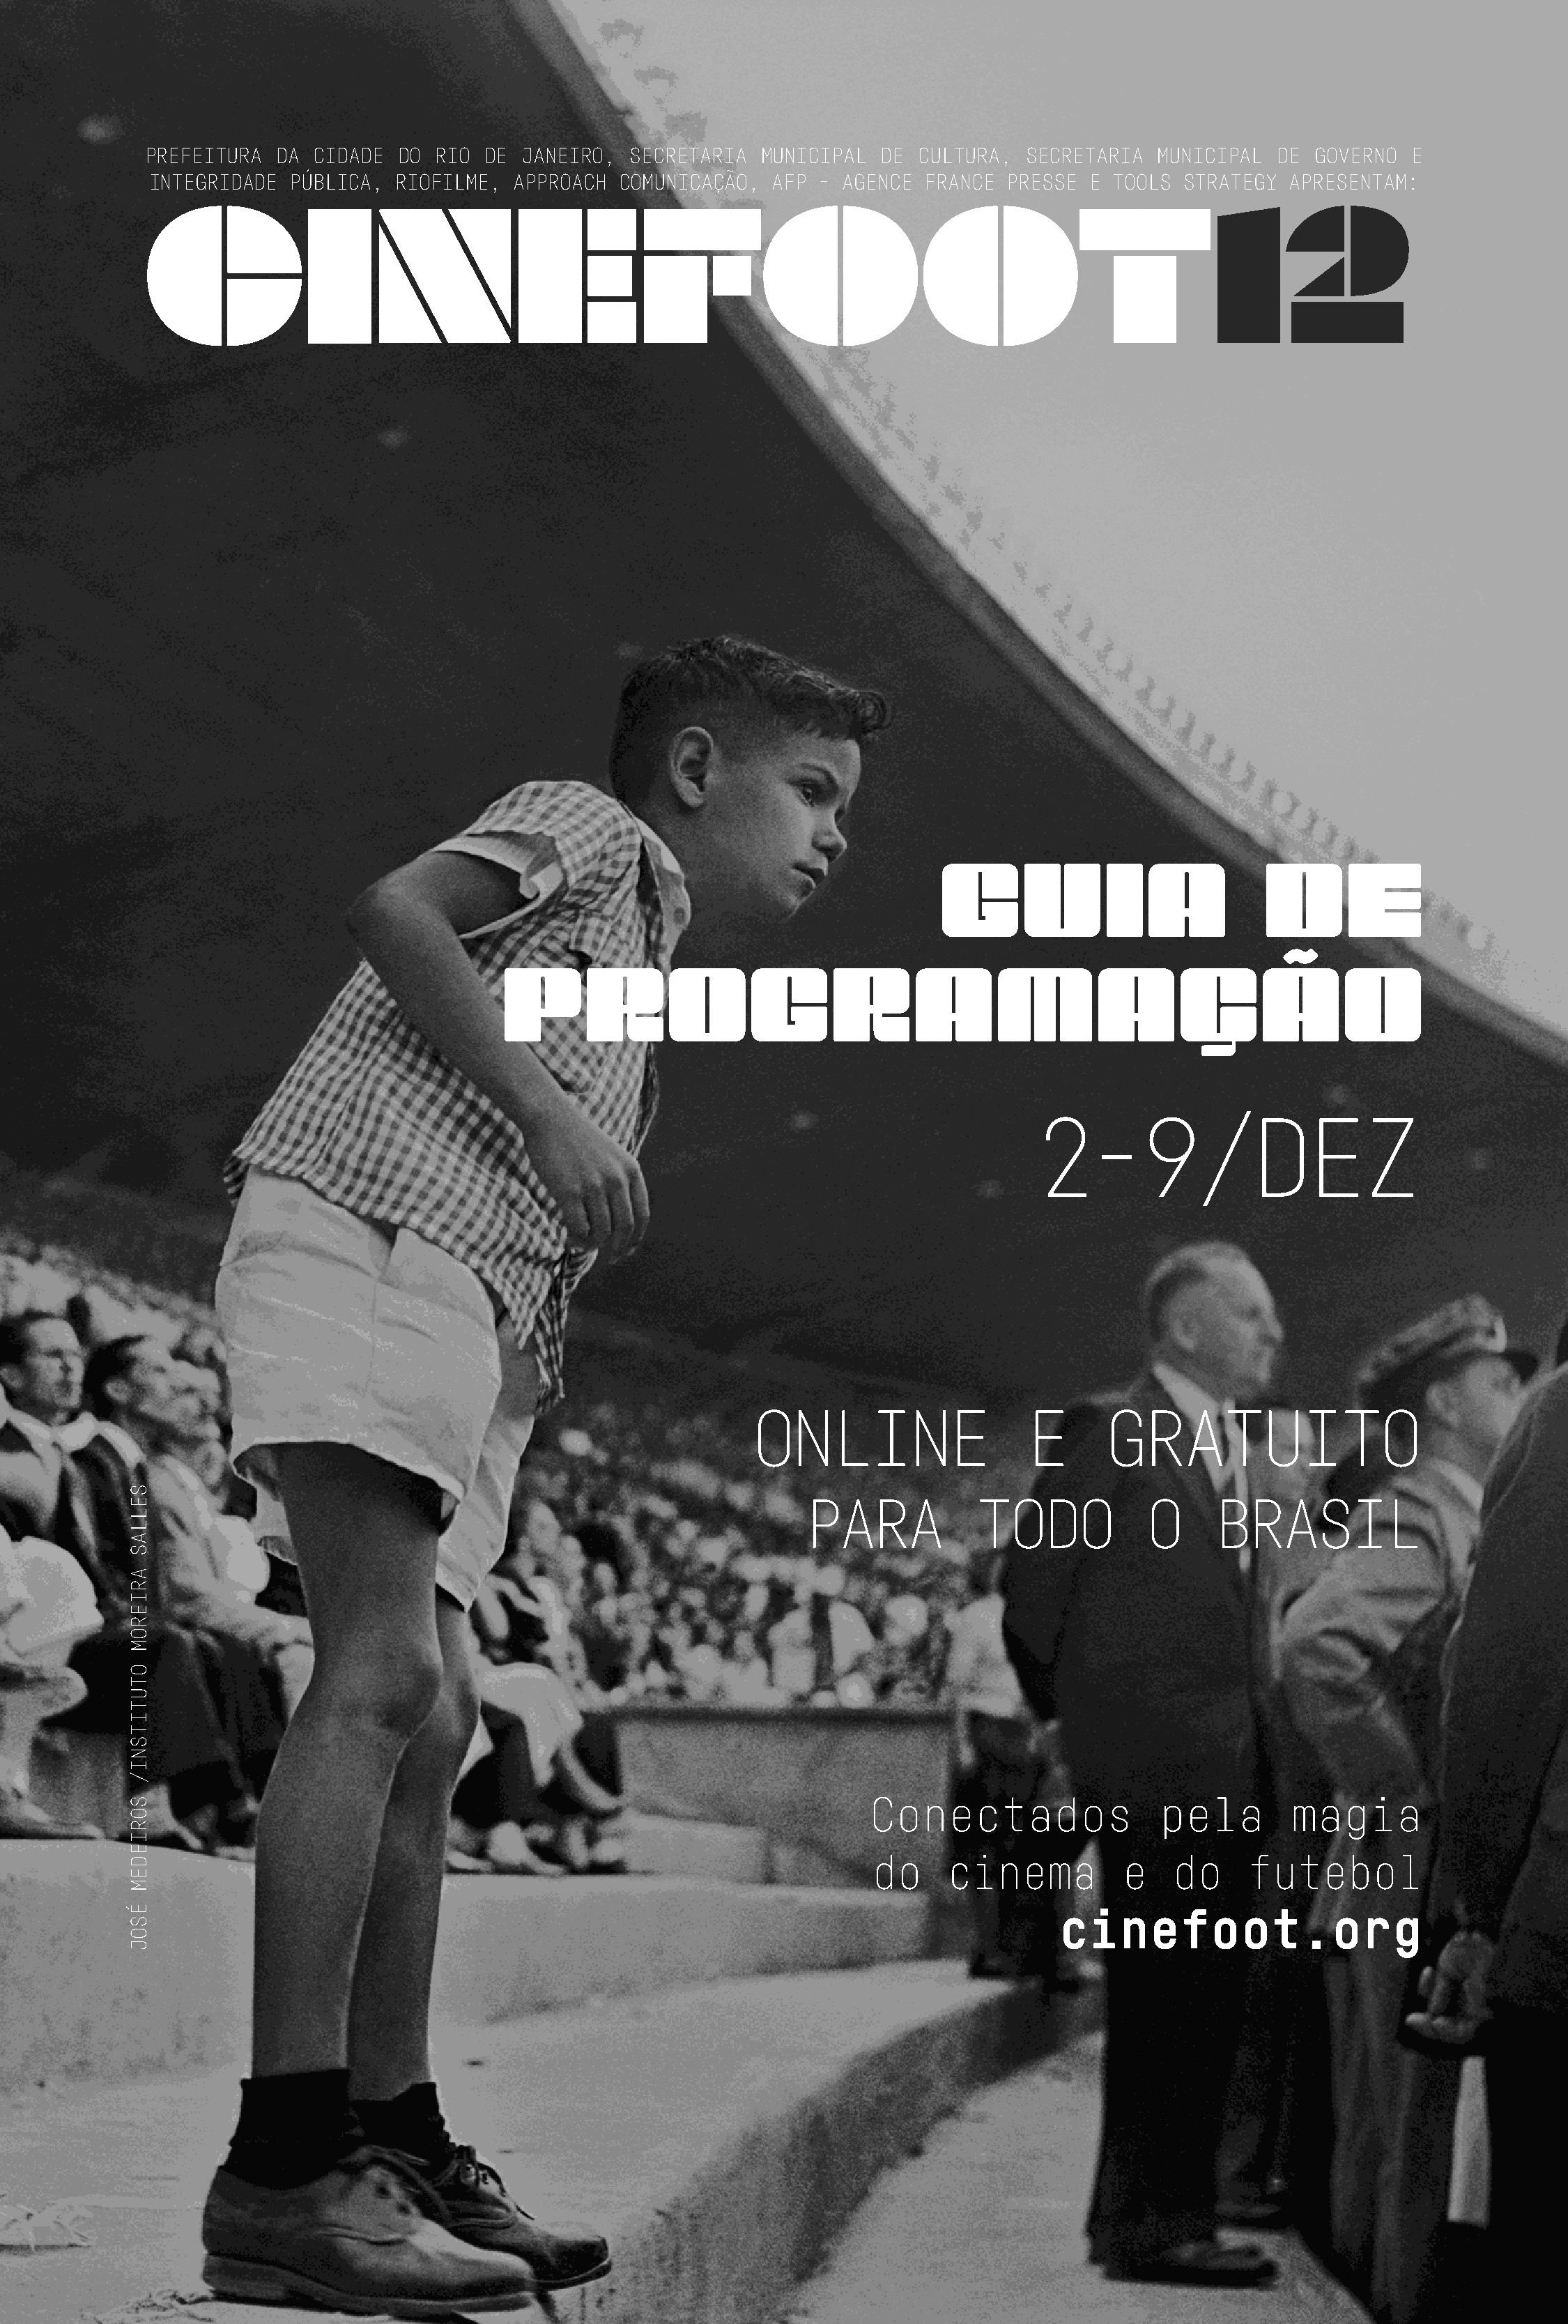
PREFEITURA  DA  CIDADE  DO RIO  DE  JANEIRO,  SECRETARIA  MUNICIPAL   DE CULTURA,   SECRETARIA  MUNICIPAL  DE  GOVERNO  E
 INTEGRIDADE   PÚBLICA,  RIOFILME,  APPROACH  COMUNICAÇÃO,  AFP  - AGENCE  FRANCE  PRESSE  E TOOLS STRATEGY   APRESENTAM:
 CINEFOOT12
 GUIA                           DE
 PROGRAMAÇÃO
 2-9/DEZ
 ONLINE                     E      GRATUITO
 PARA            TODO            O     BRASIL
 Conectados                 pela         magia
 do     cinema           e   do      futebol
 cinefoot.org
 SELLAS
 ARIEROM
 OTUTITSNI/
 SORIEDEM
 ÉSOJ